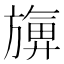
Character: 𪰀